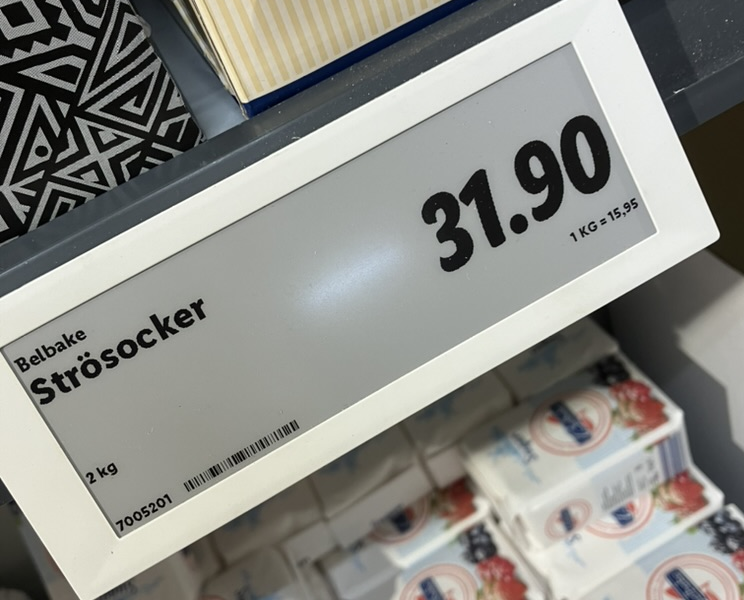
Vara: Strösocker
Genomsnittspris: 15.95 per kg